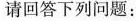
请回答下列问题：